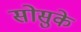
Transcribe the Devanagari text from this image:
सोसुके